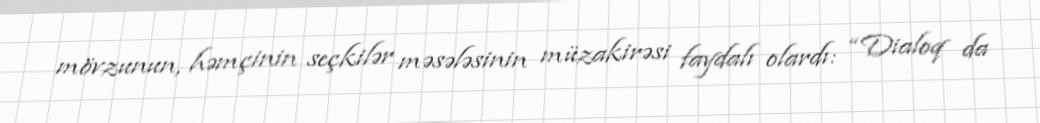
mövzunun, həmçinin seçkilər məsələsinin müzakirəsi faydalı olardı: “Dialoq da